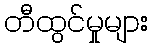
တီထွင်မှုများ